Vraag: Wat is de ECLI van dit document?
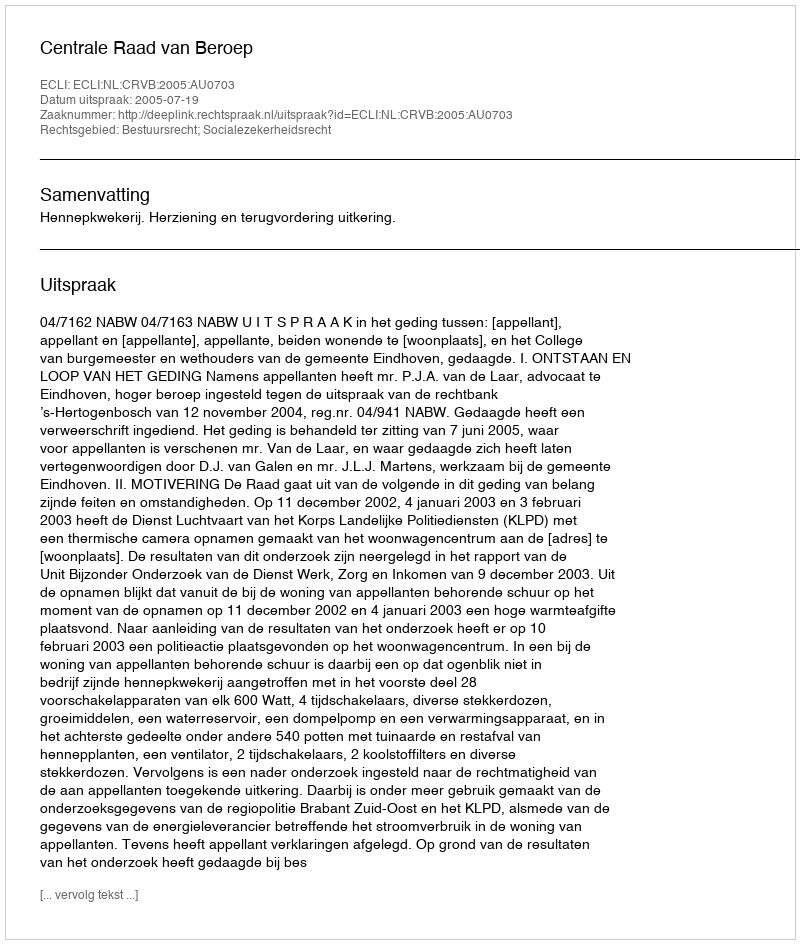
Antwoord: ECLI:NL:CRVB:2005:AU0703